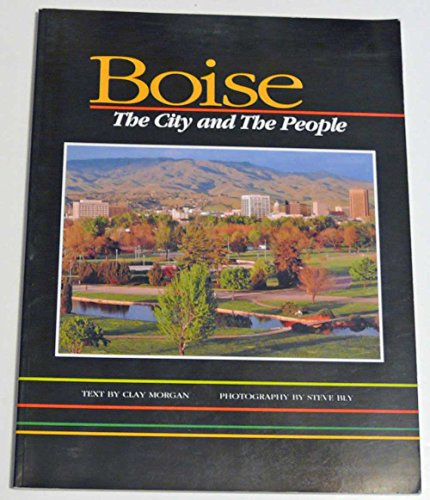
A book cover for Boise: The City and the People; Clay Morgan; Travel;